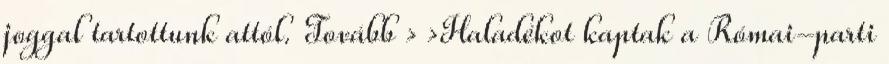
joggal tartottunk attól. Tovább › ›Haladékot kaptak a Római-parti